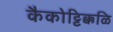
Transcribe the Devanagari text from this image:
कैकोट्टिक्कळि